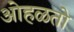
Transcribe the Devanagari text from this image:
ओहळतो